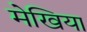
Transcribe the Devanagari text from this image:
मेखिया